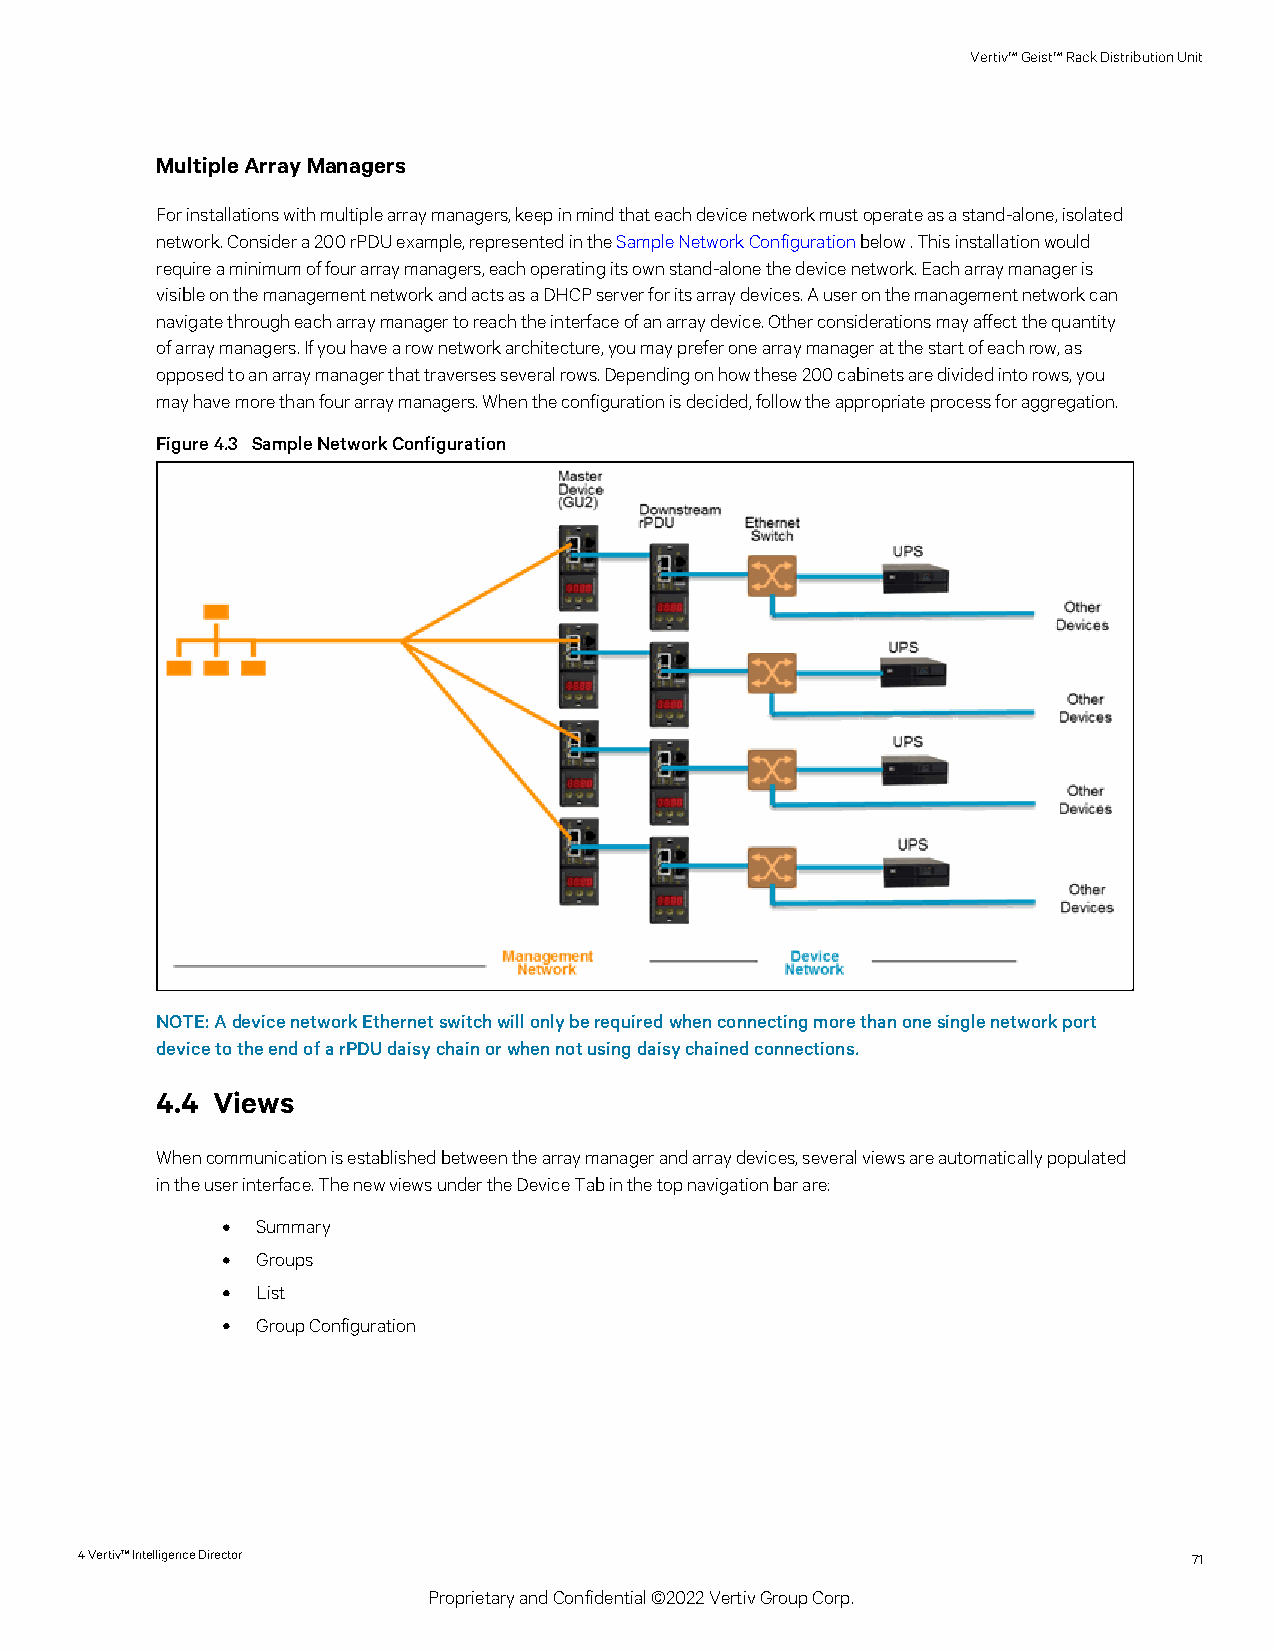
Vertiv™Geist™RackDistributionUnit
 MultipleArrayManagers
 Forinstallationswithmultiplearraymanagers,keepinmindthateachdevicenetworkmustoperateasastand-alone,isolated
 network.Considera200rPDUexample,representedintheSampleNetworkConfigurationbelow.Thisinstallationwould
 requireaminimumoffourarraymanagers,eachoperatingitsownstand-alonethedevicenetwork.Eacharraymanageris
 visibleonthemanagementnetworkandactsasaDHCPserverforitsarraydevices.Auseronthemanagementnetworkcan
 navigatethrougheacharraymanagertoreachtheinterfaceofanarraydevice.Otherconsiderationsmayaffectthequantity
 ofarraymanagers.Ifyouhavearownetworkarchitecture,youmaypreferonearraymanageratthestartofeachrow,as
 opposedtoanarraymanagerthattraversesseveralrows.Dependingonhowthese200cabinetsaredividedintorows,you
 mayhavemorethanfourarraymanagers.Whentheconfigurationisdecided,followtheappropriateprocessforaggregation.
 Figure4.3 SampleNetworkConfiguration
 NOTE:AdevicenetworkEthernetswitchwillonlyberequiredwhenconnectingmorethanonesinglenetworkport
 devicetotheendofarPDUdaisychainorwhennotusingdaisychainedconnections.
 4.4 Views
 Whencommunicationisestablishedbetweenthearraymanagerandarraydevices,severalviewsareautomaticallypopulated
 intheuserinterface.ThenewviewsundertheDeviceTabinthetopnavigationbarare:
 • Summary
 • Groups
 • List
 • GroupConfiguration
 4Vertiv™IntelligenceDirector                                              71
 ProprietaryandConfidential©2022VertivGroupCorp.